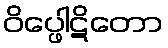
ဝိပ္ဖေါဋိတော